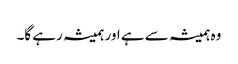
وہ ہمیشہ سے ہے اور ہمیشہ رہے گا۔